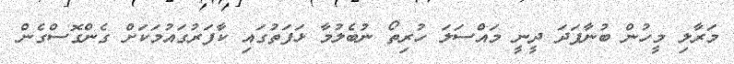
މަރާލި މީހުން ބުނާފަދަ ދީނީ މައްސަލަ ހުރިތޯ ނުބެލުމާ ޅަފަތުގައި ކާފަރުގައުމަކަށް ގެންގޮސްގެން